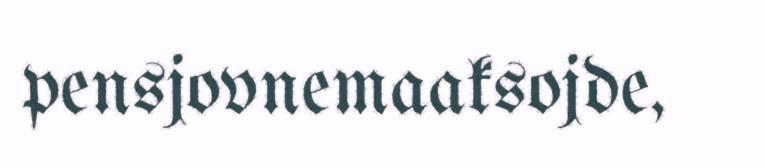
pensjovnemaaksojde,